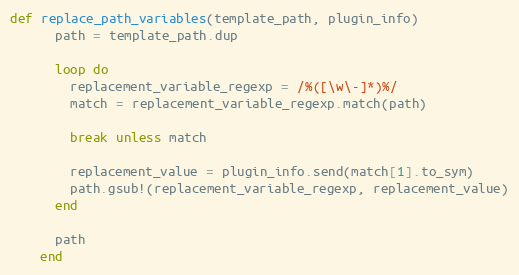
Language: Ruby
def replace_path_variables(template_path, plugin_info)
      path = template_path.dup

      loop do
        replacement_variable_regexp = /%([\w\-]*)%/
        match = replacement_variable_regexp.match(path)

        break unless match

        replacement_value = plugin_info.send(match[1].to_sym)
        path.gsub!(replacement_variable_regexp, replacement_value)
      end

      path
    end